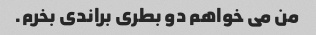
من می خواهم دو بطری براندی بخرم.